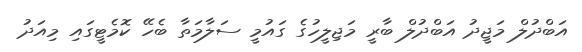
އަބްދުލް މަޖީދު އަބްދުލް ބާރީ މަޖިލީހުގެ ގައުމީ ސަލާމަތާ ބެހޭ ކޮމެޓީގައި މިއަދު